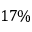
1 7 \%